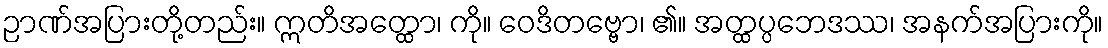
ဉာဏ်အပြားတို့တည်း။ ဣတိအတ္ထော၊ ကို။ ဝေဒိတဗ္ဗော၊ ၏။ အတ္ထပ္ပဘေဒဿ၊ အနက်အပြားကို။